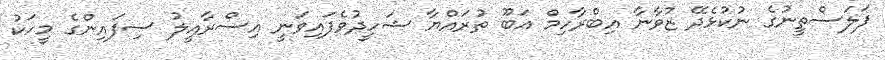
ފަލަސްތީނުގެ ނުކުޅެދޭ ޒުވާނާ އިބްރާހިމް އަބޫ ތުރައްޔާ ޝަހީދުވެފައިވަނީ އިސްރާއީލު ސިފައިންގެ މީހަކު